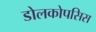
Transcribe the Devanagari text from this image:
डोलकोपसिस